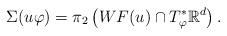
LaTeX: \begin{align*}\Sigma(u\varphi)=\pi_2\left(WF(u)\cap T_{\varphi}^*\mathbb{R}^d\right).\end{align*}